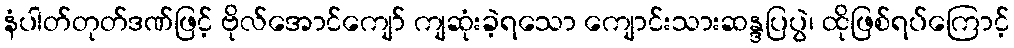
နံပါတ်တုတ်ဒဏ်ဖြင့် ဗိုလ်အောင်ကျော် ကျဆုံးခဲ့ရသော ကျောင်းသားဆန္ဒပြပွဲ၊ ထိုဖြစ်ရပ်ကြောင့်